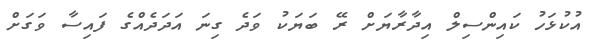
އުކުޅަހު ކައިންސިލް އިދާރާޔަށް ރޭ ބަޔަކު ވަދެ ގިނަ އަދަދެއްގެ ފައިސާ ވަގަށް